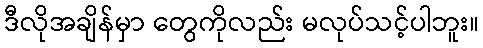
ဒီလိုအချိန်မှာ တွေကိုလည်း မလုပ်သင့်ပါဘူး။